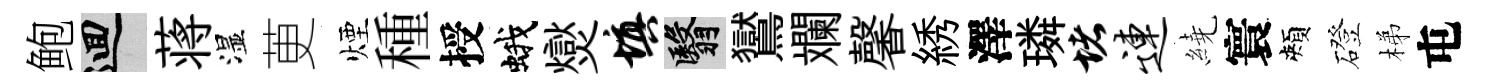
鲍回蒋湿茰煙種授蛾爕填翳鸑斕馨綉澤璘堵连繞寰頰磴梯屯